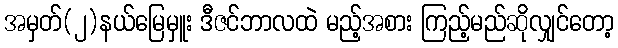
အမှတ်(၂)နယ်မြေမှူး ဒီဇင်ဘာလထဲ မည့်အစား ကြည့်မည်ဆိုလျှင်တော့